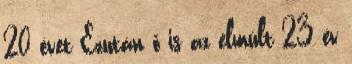
20 évet Ezután ő is az elmúlt 23 év